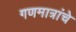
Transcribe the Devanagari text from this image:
गणमात्रांचे